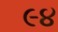
૯૪